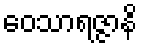
ဝေသာရဇ္ဇာနိ